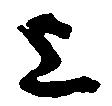
上